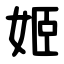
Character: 姬